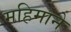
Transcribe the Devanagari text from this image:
महिमाने